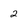
Character: 2